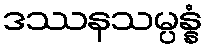
ဒဿနသမ္ပန္နံ